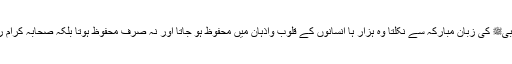
احادیثِ مبارکہ گوآپﷺ کی زندگی میں مدون نہیں ہوئیں تھی تاہم جو لفظ بھی نبیﷺ کی زبانِ مبارکہ سے نکلتا وہ ہزار ہا انسانوں کے قلوب واذہان میں محفوظ ہو جاتا اور نہ صرف محفوظ ہوتا بلکہ صحابہ کرام رضی اللہ عنہم ا س کے حفظ وابلاغ اور اس پر عمل کے لیے فریفتہ نظر آتے ۔